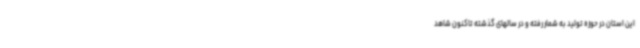
این استان در حوزه تولید به شمار رفته و در سالهای گذشته تاکنون شاهد